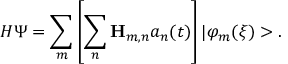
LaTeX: H \Psi = \sum _ { m } \left[ \sum _ { n } { \bf H } _ { m , n } a _ { n } ( t ) \right] | \varphi _ { m } ( \xi ) > .